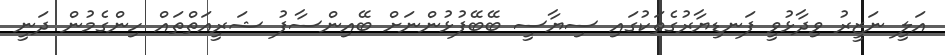
އަލީ ނަޒީރު ވިދާޅުވީ ފަނޑިޔާރުގެތަކުގައި ސިޔާސީ ބޭބޭފުޅުންނަށް ބޭއިންސާފު ޝަރީއަތްތައް ހިންގެމުން ދަނީ